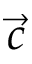
\vec { c }